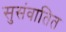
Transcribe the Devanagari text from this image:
सुसंवातित